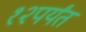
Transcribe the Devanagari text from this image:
१२पर्यंत